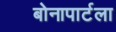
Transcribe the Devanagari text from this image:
बोनापार्टला